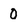
Character: 0